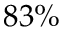
8 3 \%